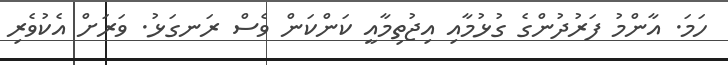
ހަމަ. އާންމު ފަރުދުންގެ ގުޅުމާއި އިޖުތިމާއީ ކަންކަން ވެސް ރަނގަޅު. ވަރަށް އެކުވެރި